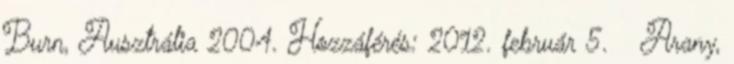
Burn, Ausztrália 2004. Hozzáférés: 2012. február 5. ↑ Arany,